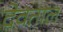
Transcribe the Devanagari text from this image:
देवताल